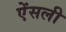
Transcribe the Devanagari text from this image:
ऐंसली